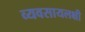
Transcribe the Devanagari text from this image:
व्यवसायलक्षी